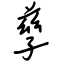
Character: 孳